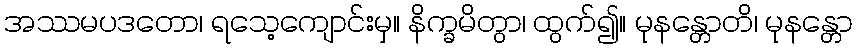
အဿမပဒတော၊ ရသေ့ကျောင်းမှ။ နိက္ခမိတွာ၊ ထွက်၍။ မုနန္တောတိ၊ မုနန္တော